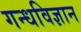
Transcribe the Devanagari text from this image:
गन्धविज्ञान